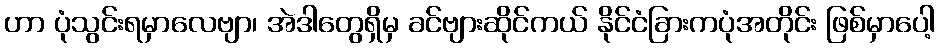
ဟာ ပုံသွင်းရမှာလေဗျာ၊ အဲဒါတွေရှိမှ ခင်ဗျားဆိုင်ကယ် နိုင်ငံခြားကပုံအတိုင်း ဖြစ်မှာပေါ့